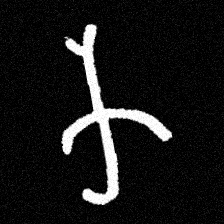
Pyu character \u2014 Myanmar letter: က (romanized: ka)